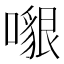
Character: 𠿵